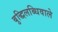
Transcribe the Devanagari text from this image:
बुद्धिलब्धिवाले